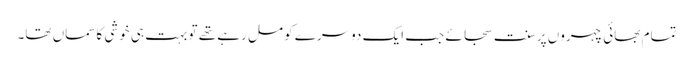
تمام بھائی چہروں پر سنت سجائے جب ایک دوسرے کو مل رہے تھے تو بہت ہی خوشی کاسماں تھا۔